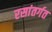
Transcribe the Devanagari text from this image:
रसांतर्गत